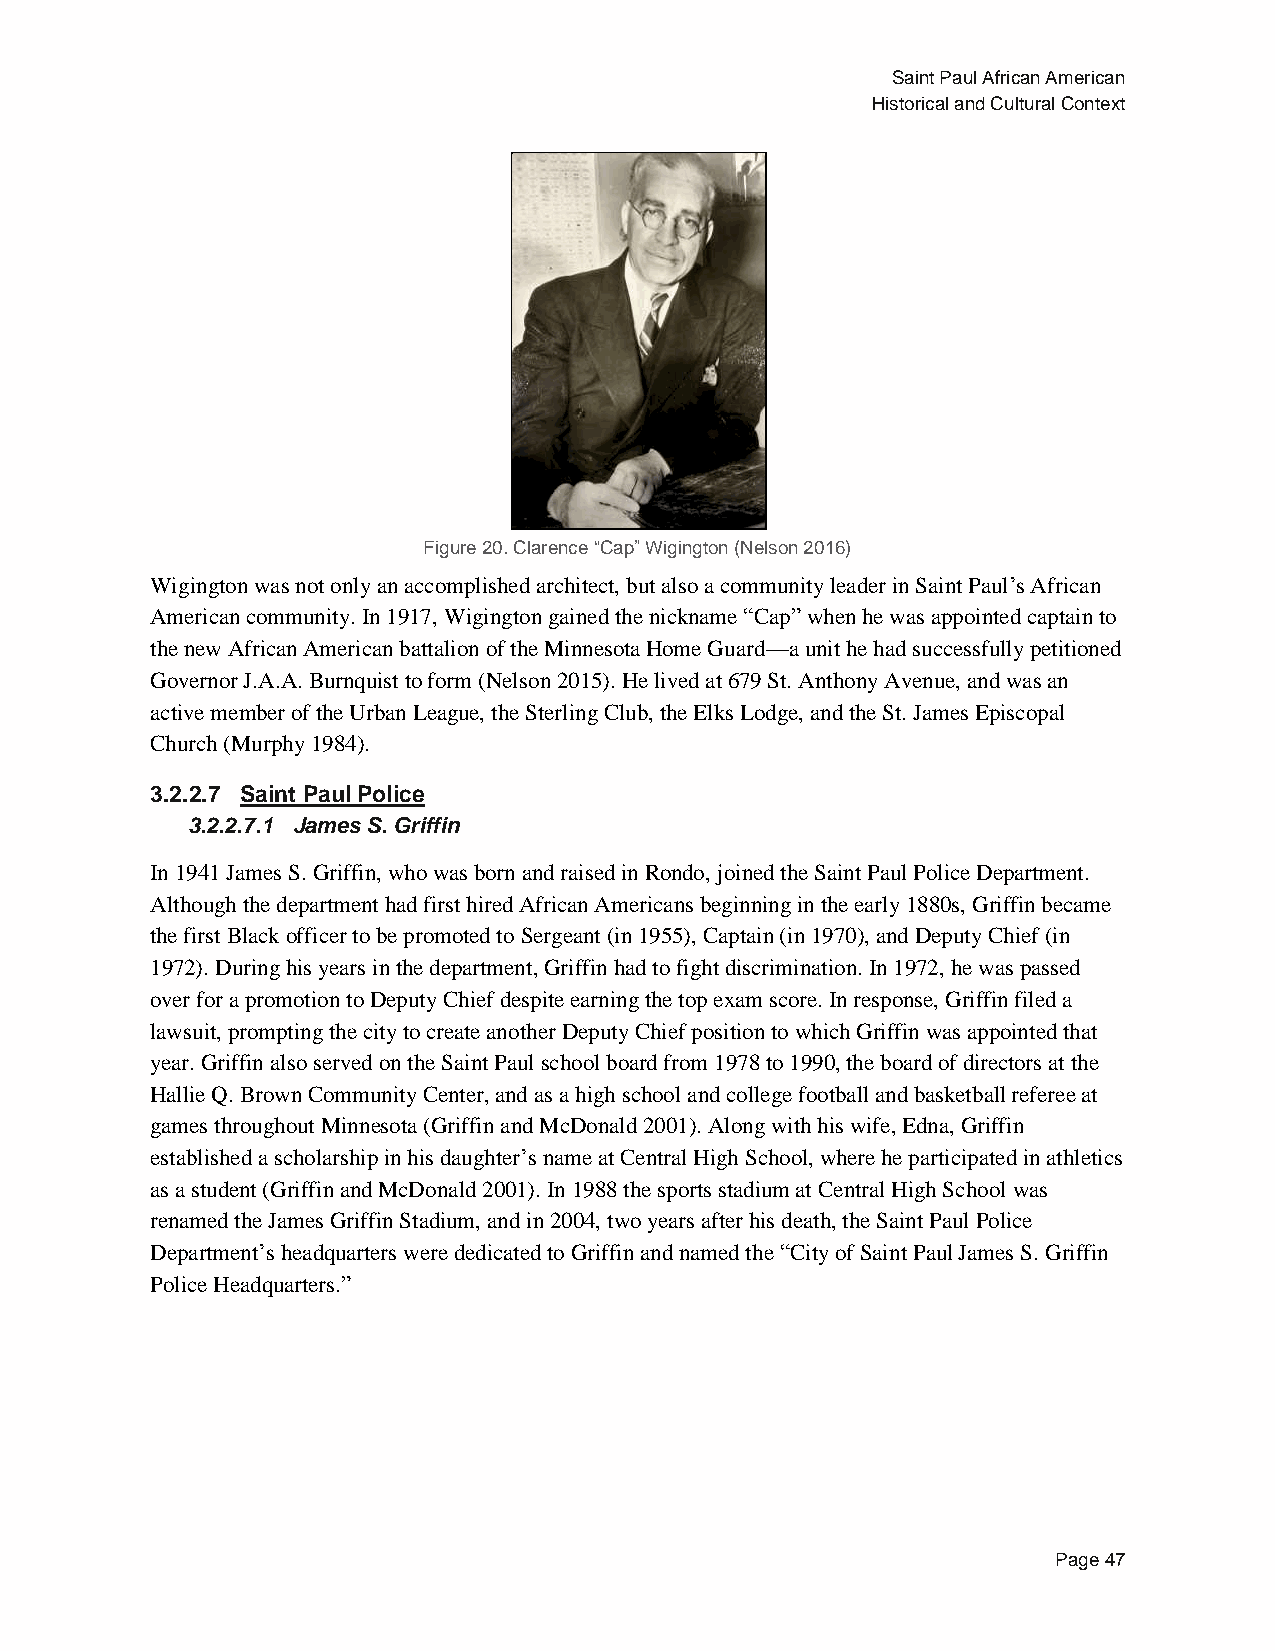
Saint Paul African American
 Historical and Cultural Context
 Figure 20. Clarence “Cap” Wigington (Nelson 2016)
 Wigington was not only an accomplished architect, but also a community leader in Saint Paul’s African
 American community. In 1917, Wigington gained the nickname “Cap” when he was appointed captain to
 the new African American battalion of the Minnesota Home Guard—a unit he had successfully petitioned
 Governor J.A.A. Burnquist to form (Nelson 2015). He lived at 679 St. Anthony Avenue, and was an
 active member of the Urban League, the Sterling Club, the Elks Lodge, and the St. James Episcopal
 Church (Murphy 1984).
 3.2.2.7 Saint Paul Police
 3.2.2.7.1 James S. Griffin
 In 1941 James S. Griffin, who was born and raised in Rondo, joined the Saint Paul Police Department.
 Although the department had first hired African Americans beginning in the early 1880s, Griffin became
 the first Black officer to be promoted to Sergeant (in 1955), Captain (in 1970), and Deputy Chief (in
 1972). During his years in the department, Griffin had to fight discrimination. In 1972, he was passed
 over for a promotion to Deputy Chief despite earning the top exam score. In response, Griffin filed a
 lawsuit, prompting the city to create another Deputy Chief position to which Griffin was appointed that
 year. Griffin also served on the Saint Paul school board from 1978 to 1990, the board of directors at the
 Hallie Q. Brown Community Center, and as a high school and college football and basketball referee at
 games throughout Minnesota (Griffin and McDonald 2001). Along with his wife, Edna, Griffin
 established a scholarship in his daughter’s name at Central High School, where he participated in athletics
 as a student (Griffin and McDonald 2001). In 1988 the sports stadium at Central High School was
 renamed the James Griffin Stadium, and in 2004, two years after his death, the Saint Paul Police
 Department’s headquarters were dedicated to Griffin and named the “City of Saint Paul James S. Griffin
 Police Headquarters.”
 Page 47